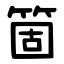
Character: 箇